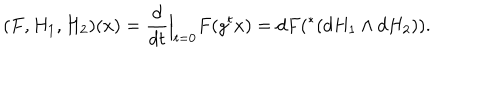
LaTeX: ( F , H _ { 1 } , H _ { 2 } ) ( x ) = \frac { d } { d t } \Big | _ { t = 0 } F ( g ^ { t } x ) = d F ( ^ { * } ( d H _ { 1 } \wedge d H _ { 2 } ) ) .